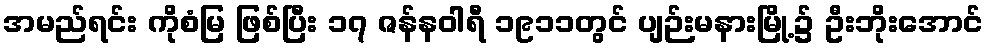
အမည်ရင်း ကိုစံမြ ဖြစ်ပြီး ၁၇ ဇန်နဝါရီ ၁၉၁၁တွင် ပျဉ်းမနားမြို့၌ ဦးဘိုးအောင်